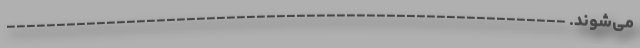
می‌شوند. --------------------------------------------------------